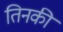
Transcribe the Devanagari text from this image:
तिनकी